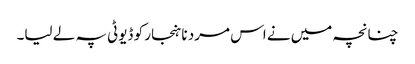
چنانچہ میں نے اس مرد نا ہنجار کو ڈیوٹی پہ لے لیا۔